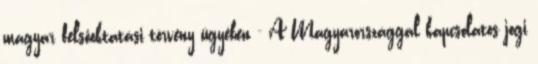
magyar felsőoktatási törvény ügyében - A Magyarországgal kapcsolatos jogi